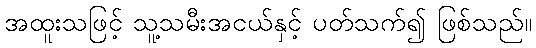
အထူးသဖြင့် သူ့သမီးအငယ်နှင့် ပတ်သက်၍ ဖြစ်သည်။